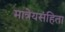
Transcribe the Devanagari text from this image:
मात्रेयसंहिता